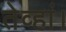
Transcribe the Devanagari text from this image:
तेव्हां।